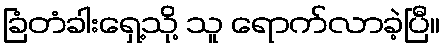
ခြံတံခါးရှေ့သို့ သူ ရောက်လာခဲ့ပြီ။